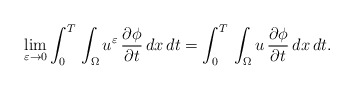
\begin{align*}\displaystyle\lim_{\varepsilon\to 0}\int_{0}^{T}\,\int_{\Omega}u^{\varepsilon}\,\frac{\partial \phi}{\partial t}\,dx\,dt =\int_{0}^{T}\,\int_{\Omega}u\,\frac{\partial \phi}{\partial t}\,dx\,dt.\end{align*}